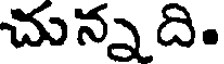
చున్నది.